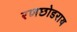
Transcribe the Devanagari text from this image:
रणछोडराय